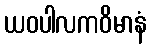
ယဝပါလကဝိမာနံ